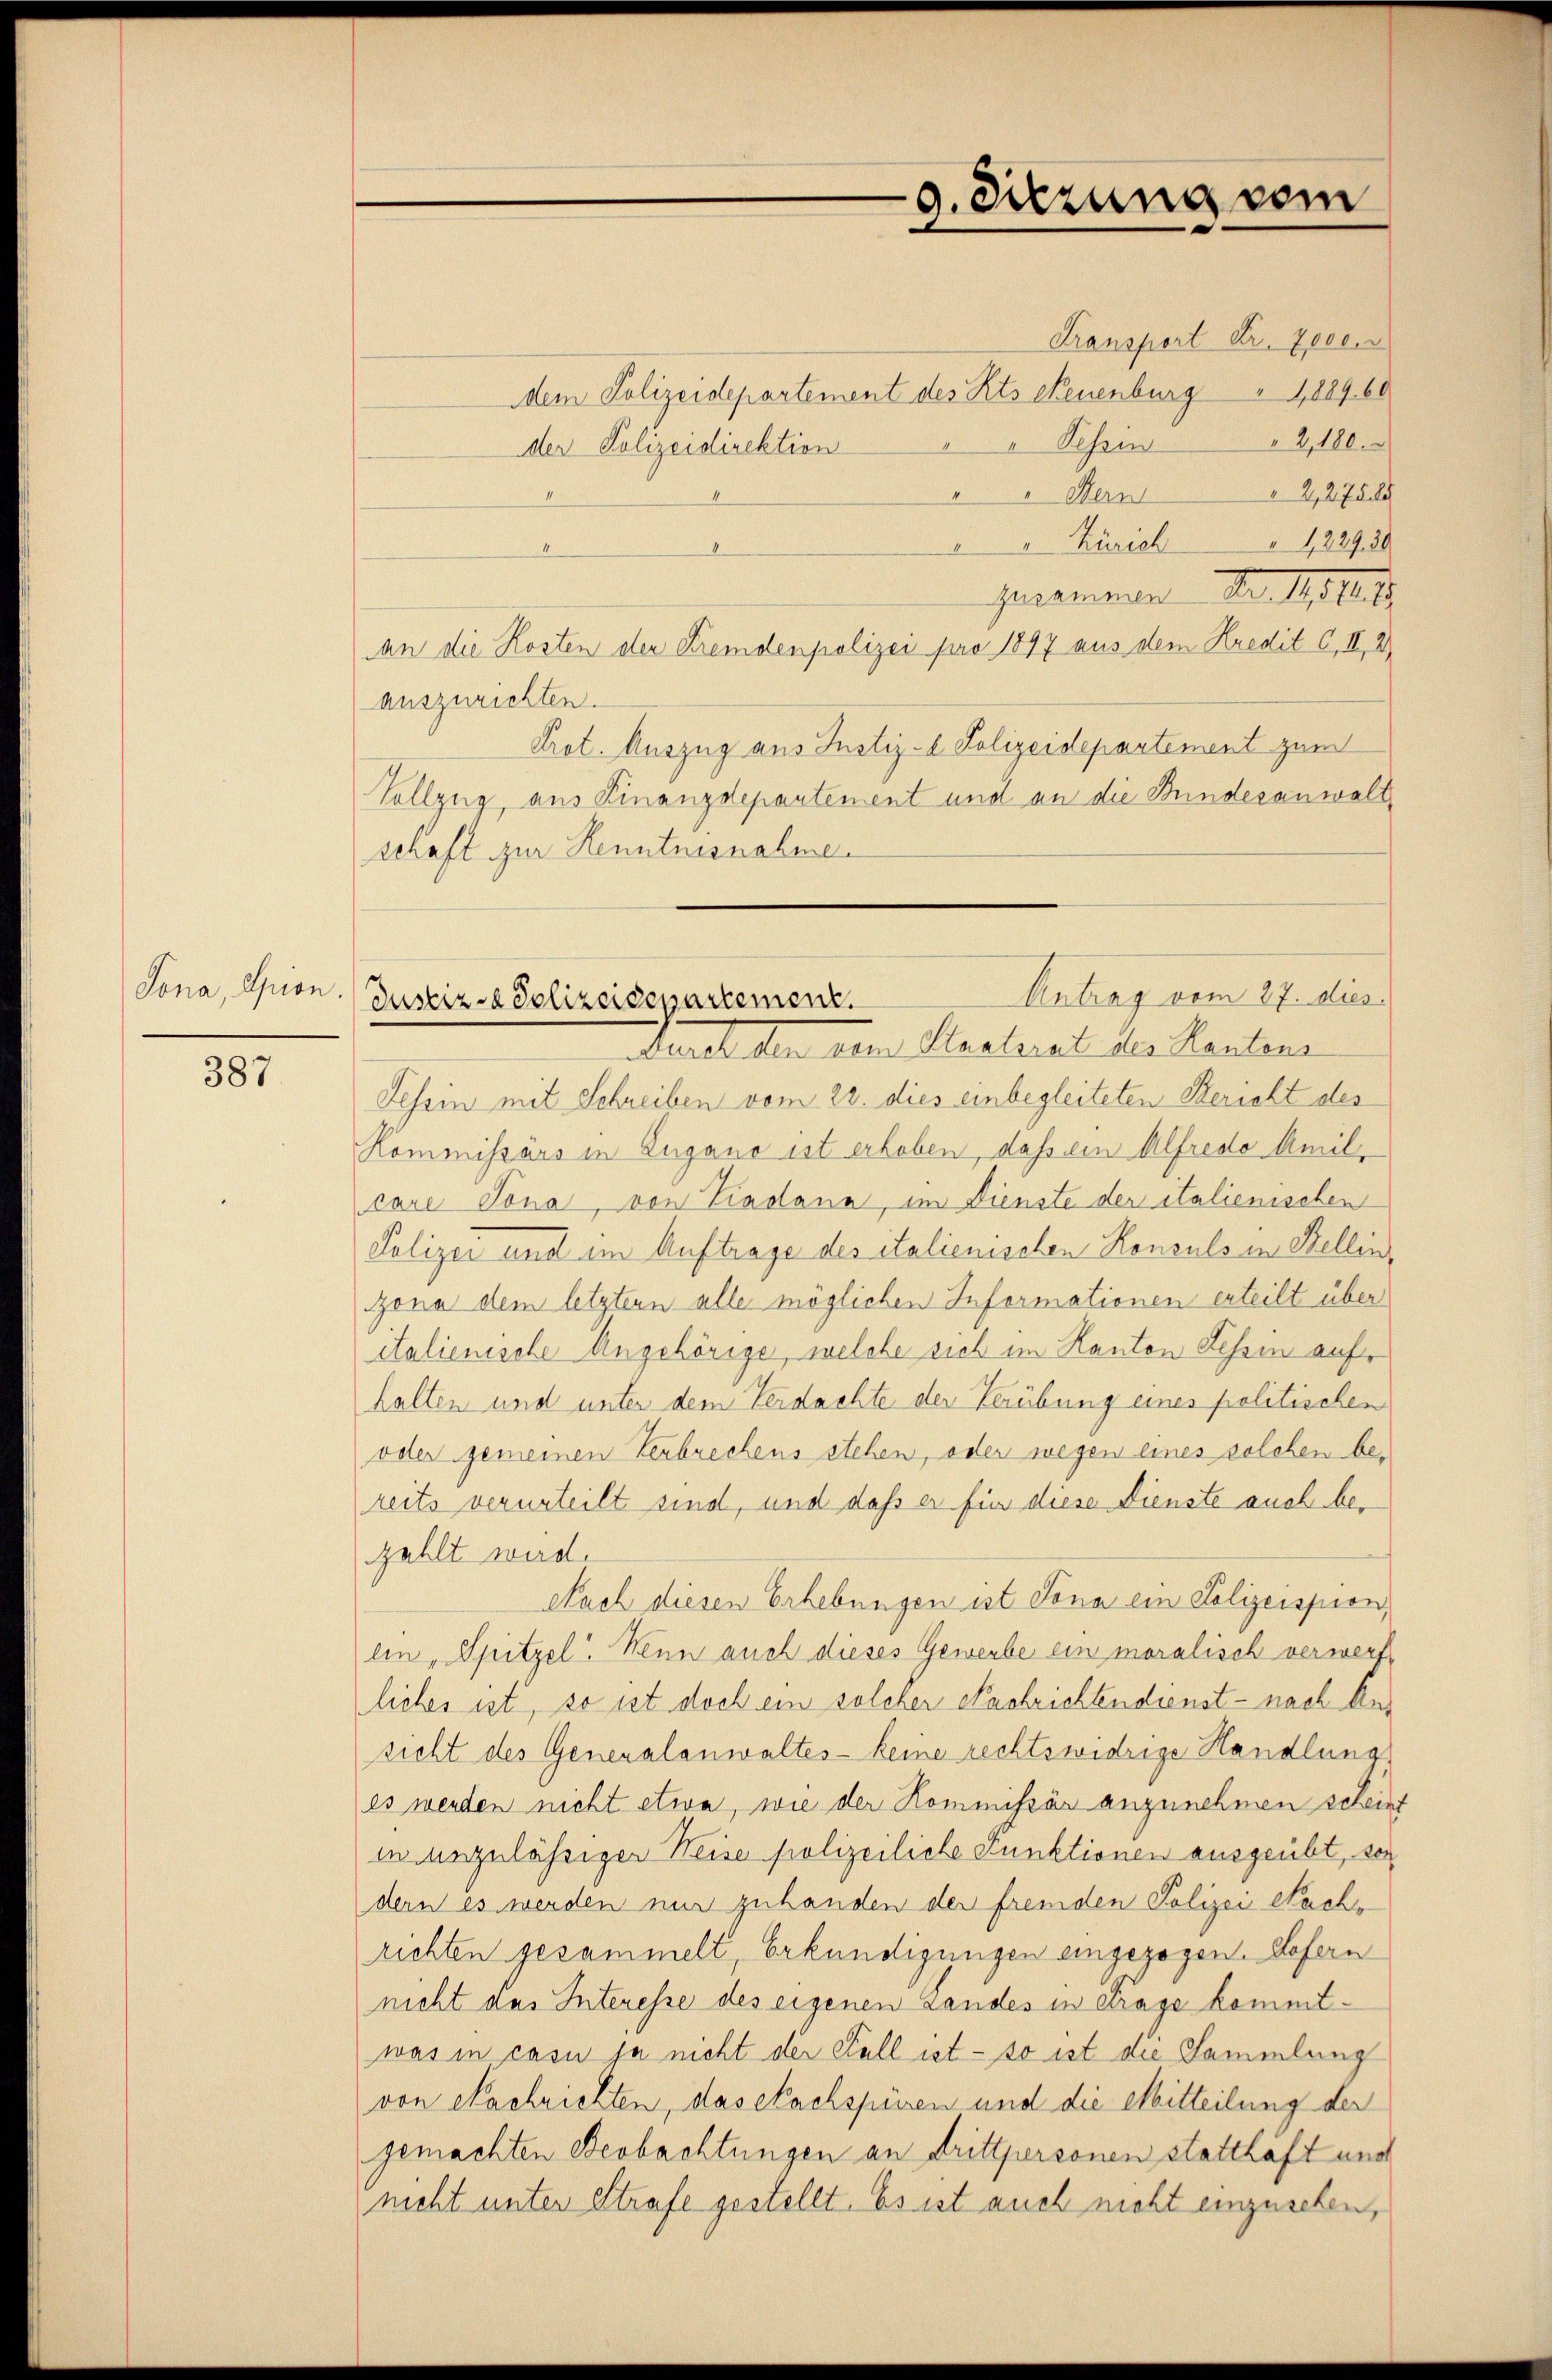
Jona, Opion

387

dem Polizeidepartement des Kts Neuenburg " 1,889. 60
Der Polizeidirektion
Guramenten Fr. 1814
an die Kosten der Fremdenpolizei pro 1897 aus dem Kredit C, II, 2
auszurichten.
Prot. Auszug aus Justiz- & Polizeidepartement zum
Vollzug, aus Finanzdepartement und an die Bundesanwalt
schaft zur Kenntnisnahme.

9. Sitzung vom

Antrag vom 27. dies
Justiz - Polizeidepartement.
durch den dem Stadtrat des Kantone

Tessin mit Schreiben vom 22. dies einbegleiteten Bericht des
Kommissärs in Zugano ist erhoben, daß ein Alfredo Amilcare Jona, von Lindann, im Dienste der italienischen
Polizei und im Auftrage des Stalienischen Konsuls in Bellinzona dem letztern alle möglichen Informationen erteilt über
italienische Angehörige, welche sich im Kanton Tessin aufhalten und unter dem Verdachte der Verübung eines politischen
oder gemeinen Verbrechens stehen, oder wegen eines solchen bereits verurteilt sind, und daß er für diese Dienste auch bezahlt wird.
Nach diesen Erhebungen ist Sona ein Polizeispion,
ein, Spitzel. Wenn auch dieses Gewerbe ein moralisch verwerf
liches ist, so ist doch ein solcher Nachrichtendienst - nach Ansicht des Generalanwaltes - keine rechtswidrige Handlung
es werden nicht etwa, wie der Kommissär anzunehmen scheint
in anzulässiger Weise polizeiliche Punktionen ausgeübt, sei
dern es werden nur zuhanden der fremden Polizei Nachrichten gesammelt, Erkundigungen eingezogen. Hofern
nicht das Interesse des eigenen Landes in Frage kommtwas in casu ja nicht der Fall ist - so ist die Sammlung
von Nachrichten, das Nachspüren und die Mitteilung der
gemachten Beobachtungen an Drittpersonen statthaft und
nicht unter Strafe gestellt. Es ist auch nicht einzusehen,

Fransport Dr. Lesen
" " Schen " 2,180.
""Hern" 2,275
" Zürich    "   229. 30